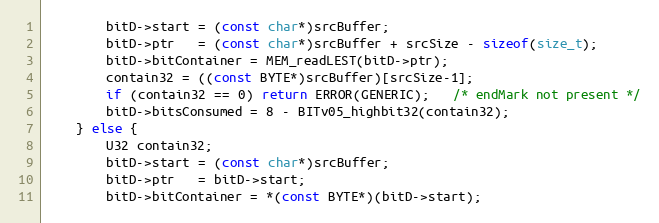
Language: C
        bitD->start = (const char*)srcBuffer;
        bitD->ptr   = (const char*)srcBuffer + srcSize - sizeof(size_t);
        bitD->bitContainer = MEM_readLEST(bitD->ptr);
        contain32 = ((const BYTE*)srcBuffer)[srcSize-1];
        if (contain32 == 0) return ERROR(GENERIC);   /* endMark not present */
        bitD->bitsConsumed = 8 - BITv05_highbit32(contain32);
    } else {
        U32 contain32;
        bitD->start = (const char*)srcBuffer;
        bitD->ptr   = bitD->start;
        bitD->bitContainer = *(const BYTE*)(bitD->start);